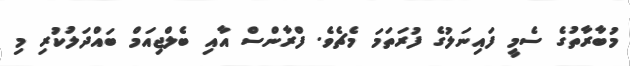
މުބާރާތުގެ ސެމީ ފައިނަލުގެ ފުރަތަމަ މެޗެވެ. ފްރާންސް އާއި ބެލްޖިއަމް ބައްދަލުކުރި މި